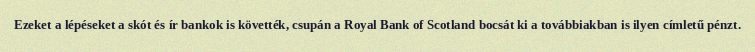
Ezeket a lépéseket a skót és ír bankok is követték, csupán a Royal Bank of Scotland bocsát ki a továbbiakban is ilyen címletű pénzt.